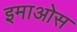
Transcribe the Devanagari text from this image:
इमाओस